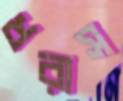
ধরাস